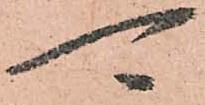
可